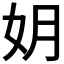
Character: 𫰒